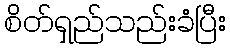
စိတ်ရှည်သည်းခံပြီး